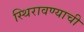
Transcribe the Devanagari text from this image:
स्थिरावण्याची